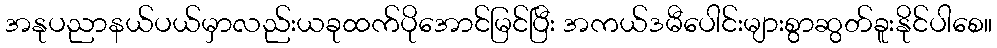
အနုပညာနယ်ပယ်မှာလည်းယခုထက်ပိုအောင်မြင်ပြီး အကယ်ဒမီပေါင်းများစွာဆွတ်ခူးနိုင်ပါစေ။